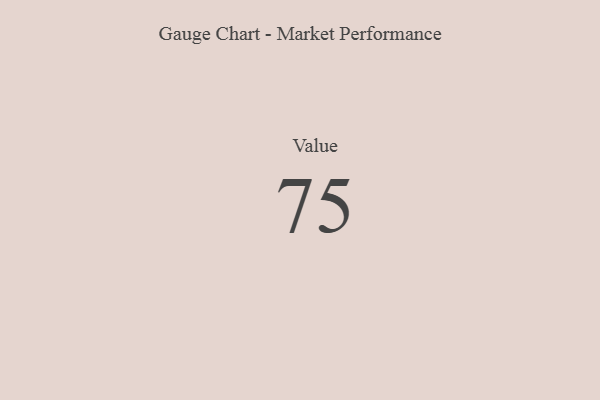
{"axis": {"x": "Metric", "y": "Value"}, "legend": [""], "data": [{"x": "Value", "y": 75, "type": ""}]}